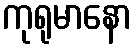
ကုရုမာနော